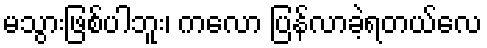
မသွားဖြစ်ပါဘူး၊ ကလော ပြန်လာခဲ့ရတယ်လေ